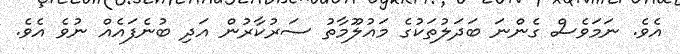
އެވެ. ނަމަވެސް ގެންނަ ބަދަލުތަކުގެ މައުލޫމާތު ސަރުކާރުން އަދި ބުނެފައެއް ނުވެ އެވެ.